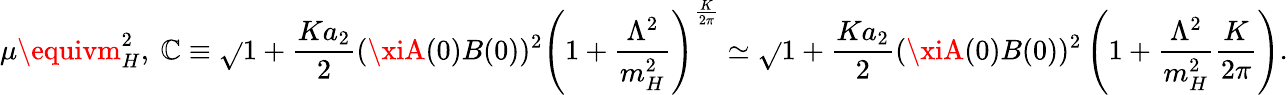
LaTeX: \mu\equivm_{H}^{2},~\mathbb{C}\equiv\sqrt{}{{1+\frac{{Ka_{2}}}{{2}}(\xiA(0)B(0))^{2}\left(1+\frac{{\Lambda^{2}}}{{m_{H}^{2}}}\right)^{\frac{{K}}{{2\pi}}}}}\simeq\sqrt{}{{1+\frac{{Ka_{2}}}{{2}}(\xiA(0)B(0))^{2}\left(1+\frac{{\Lambda^{2}}}{{m_{H}^{2}}}\frac{{K}}{{2\pi}}\right)}}.